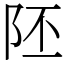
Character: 𨸹